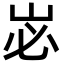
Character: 𭖑